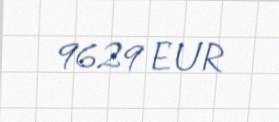
9629 EUR